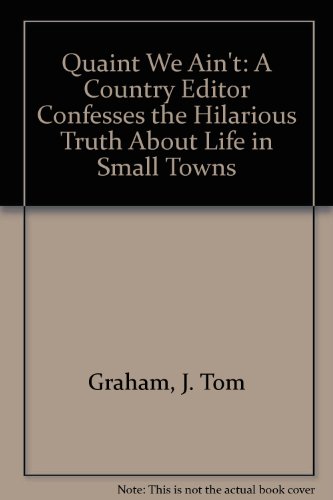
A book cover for Quaint We Ain't: A Country Editor Confesses the Hilarious Truth About Life in Small Towns; J. Tom Graham; Humor & Entertainment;